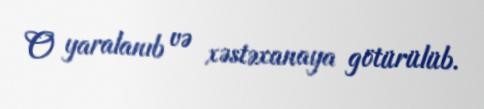
O yaralanıb və xəstəxanaya götürülüb.